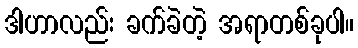
ဒါဟာလည်း ခက်ခဲတဲ့ အရာတစ်ခုပါ။